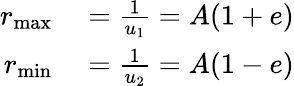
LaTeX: \begin{array}{rl}{r_{\mathrm{max}}}&{{}={\frac{1}{u_{1}}}=A(1+e)}\\ {r_{\mathrm{min}}}&{{}={\frac{1}{u_{2}}}=A(1-e)}\end{array}